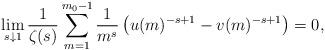
LaTeX: \begin{align*}\lim_{s\downarrow1}\frac{1}{\zeta(s)}\sum_{m=1}^{m_0-1}\frac{1}{m^s}\left(u(m)^{-s+1} - v(m)^{-s+1}\right)=0,\end{align*}